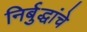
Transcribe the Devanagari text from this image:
निर्बुद्धांचे